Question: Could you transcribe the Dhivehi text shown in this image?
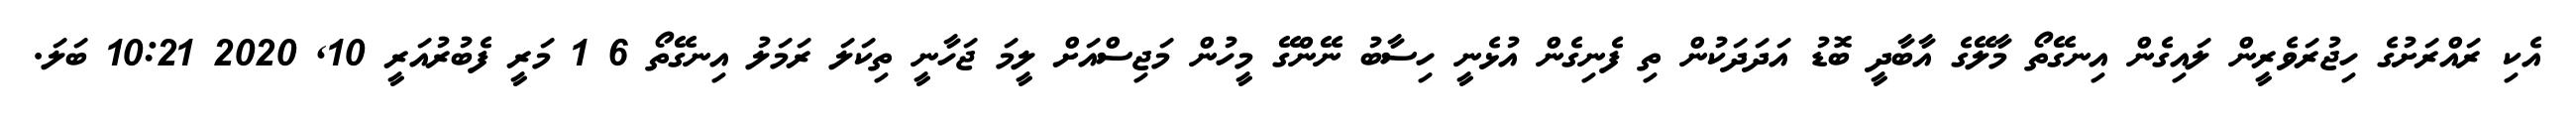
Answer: އެކި ރައްރަށުގެ ހިޖުރަވެރީން ލައިގެން އިނގޭތޯ މާލޭގެ އާބާދީ ބޮޑު އަދަދަކުން ތި ފެނިގެން އުޅެނީ ހިސާބު ނޭންގޭ މީހުން މަޖިސްއަށް ލީމަ ޖަހާނީ ތިކަލަ ރަމަލު އިނގޭތޯ 6 1 މަރީ ފެބުރުއަރީ 10, 2020 10:21 ބަލަ.